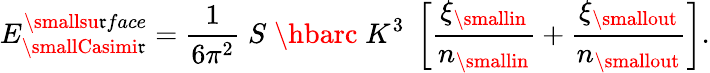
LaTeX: E_{\smallCasimi\mathfrak{r}}^{\smallsu\mathfrak{r}face}={\frac{{1}}{{6\pi^{2}}}}\; S\; \hbarc\; K^{3}\; \left[{\frac{{\xi_{\smallin}}}{{n_{\smallin}}}}+{\frac{{\xi_{\smallout}}}{{n_{\smallout}}}}\right].